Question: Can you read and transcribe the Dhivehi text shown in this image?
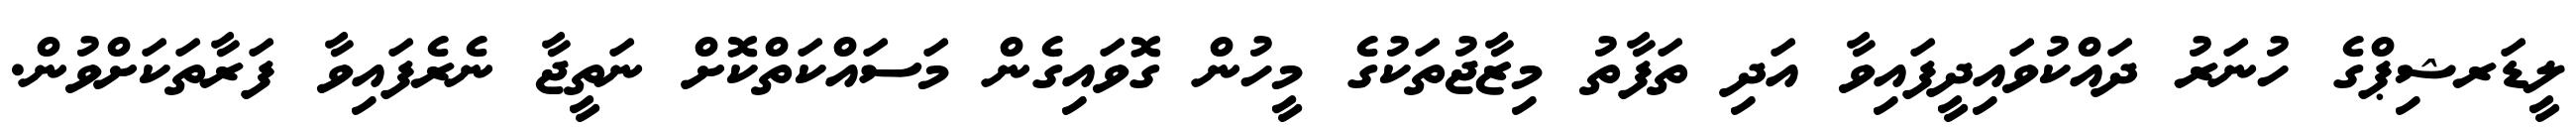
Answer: ލީޑަރޝިޕްގެ ހުނަރު ދައްކުވައިދީފައިވާ އަދި ތަފާތު މިޒާޖުތަކުގެ މީހުން ގޮވައިގެން މަސައްކަތްކޮށް ނަތީޖާ ނެރެފައިވާ ފަރާތަކަށްވުން.